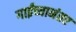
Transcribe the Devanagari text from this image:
गाईंच्यानंतर